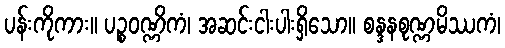
ပန်းကိုကား။ ပဉ္စဝဏ္ဏိကံ၊ အဆင်းငါးပါးရှိသော။ စန္ဒနစုဏ္ဏမိဿကံ၊